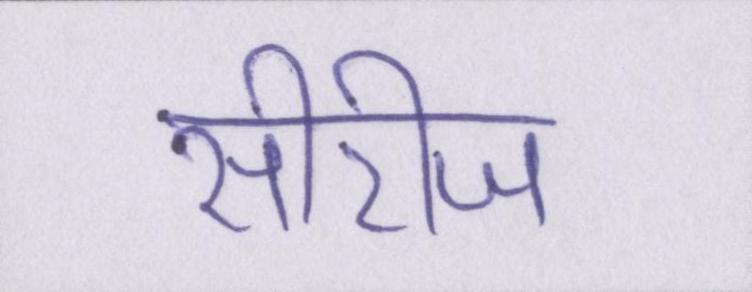
सीरीज